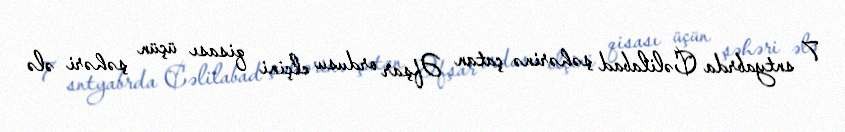
7 sntyabrda Cəlilabad şəhərinə çatan Əfşar ordusu elçini qisası üçün şəhəri ələ